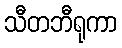
သီတဘီရုကာ